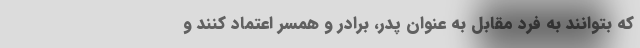
که بتوانند به فرد مقابل به عنوان پدر، برادر و همسر اعتماد کنند و